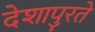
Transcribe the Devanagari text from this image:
देशापुरते